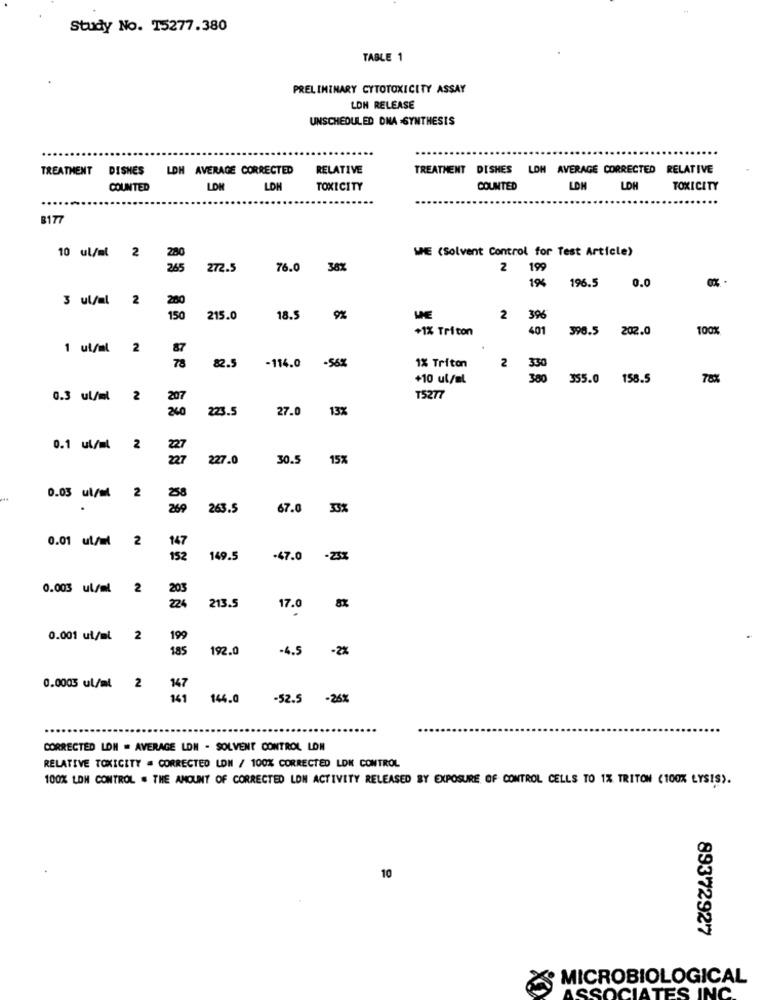
Study No. 15277.380
TABLE 1
PRELIMINARY CYTOTOXICITY ASSAY
LOH RELEASE
UNSCHEDULED DNA -SYNTHESIS
TREATMENT DISHES LDH AVERAGE CORRECTED
RELATIVE
TREATMENT DISHES LOH AVERAGE CORRECTED RELATIVE
COUNTED
LOW
LON
TOXICITY
COUNTED
LON
LOH
TOXICITY
B177
280
WHE (Solvent Control for Test Article)
10 ul/al 2
265
272.5
76.0 38%
2
199
19%
196.5
0.0
3 ul/al 2
215.0
18.5 9%
2
396
+1% Triton
401
396.5 202.0
100
1 ul/ml 2
87
78
2
82.5
-114.0 -56%
1% Triton
350
+10 ul/ml
380
355.0 158.5
78%
0.3 ul/ml 2
207
T5277
340
223.5
27.0
13%
0.1 ul/ml 2
227.0
30.5
15%
0.03 ul/m 2
.
263.5
67.0
33%
0.01 ul/m 2
147
152
149.5
-47.0
0.003 ul/ml 2
203
224
213.5
17.0
0.001 ul/ml
2
199
185
192.0
-4.5
-2%
0.0005 ul/ml
147
151
144.0
-52.5
-26%
CORRECTED LON = AVERAGE LON - SOLVENT CONTROL LON
RELATIVE TOXICITY = CORRECTED LDN / 100% CORRECTED LDN CONTROL
100% LON CONTROL . THE AMOUNT OF CORRECTED LON ACTIVITY RELEASED BY EXPOSURE OF CONTROL CELLS TO 1% TRITON (100% LYSIS).
10
89372927
MICROBIOLOGICAL
ASSOCIATES INC.